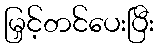
မြှင့်တင်ပေးပြီး